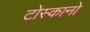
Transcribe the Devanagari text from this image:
टोस्कानो